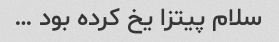
سلام پیتزا یخ کرده بود …